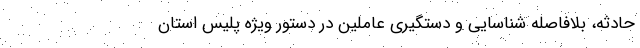
حادثه، بلافاصله شناسایی و دستگیری عاملین در دستور ویژه پلیس استان